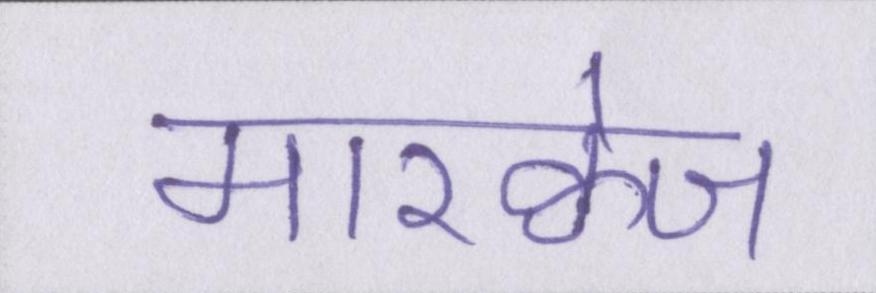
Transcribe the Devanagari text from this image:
मारक्वेज